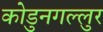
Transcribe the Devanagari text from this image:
कोडुनगल्लुर